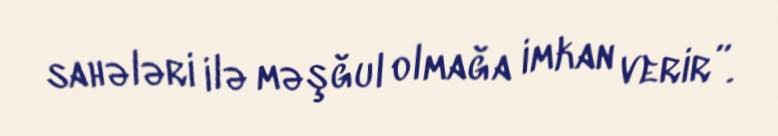
sahələri ilə məşğul olmağa imkan verir”.